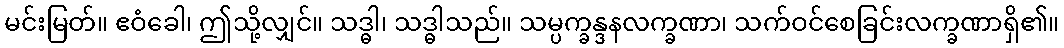
မင်းမြတ်။ ဧဝံခေါ၊ ဤသို့လျှင်။ သဒ္ဓါ၊ သဒ္ဓါသည်။ သမ္ပက္ခန္ဒနလက္ခဏာ၊ သက်ဝင်စေခြင်းလက္ခဏာရှိ၏။